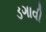
ડગાવી